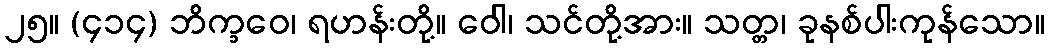
၂၅။ (၄၁၄) ဘိက္ခဝေ၊ ရဟန်းတို့။ ဝေါ၊ သင်တို့အား။ သတ္တ၊ ခုနစ်ပါးကုန်သော။